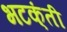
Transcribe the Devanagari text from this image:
भटक्ंती